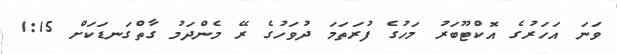
ވަނަ އަހަރުގެ އޮކްޓޫބަރު މަހުގެ ފުރަތަމަ ދުވަހުގެ ރޭ މެންދަމު ގާތްގަނޑަކަށް 1:15